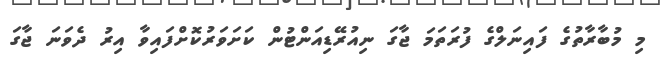
މި މުބާރާތުގެ ފައިނަލްގެ ފުރަތަމަ ޖާގަ ނިއުރޭޑިއަންޓުން ކަށަވަރުކޮށްފައިވާ އިރު ދެވަނަ ޖާގަ